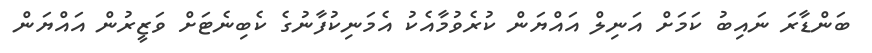
ބަންޑާރަ ނައިބު ކަމަށް އަނިލް އައްޔަން ކުރެވުމާއެކު އެމަނިކުފާނުގެ ކެބިނެޓަށް ވަޒީރުން އައްޔަން